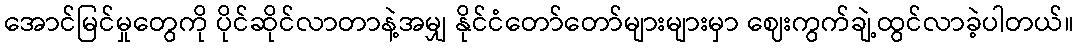
အောင်မြင်မှုတွေကို ပိုင်ဆိုင်လာတာနဲ့အမျှ နိုင်ငံတော်တော်များများမှာ ဈေးကွက်ချဲ့ထွင်လာခဲ့ပါတယ်။